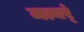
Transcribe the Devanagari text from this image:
मत्यर्ं